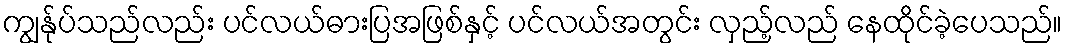
ကျွန်ုပ်သည်လည်း ပင်လယ်ဓားပြအဖြစ်နှင့် ပင်လယ်အတွင်း လှည့်လည် နေထိုင်ခဲ့ပေသည်။